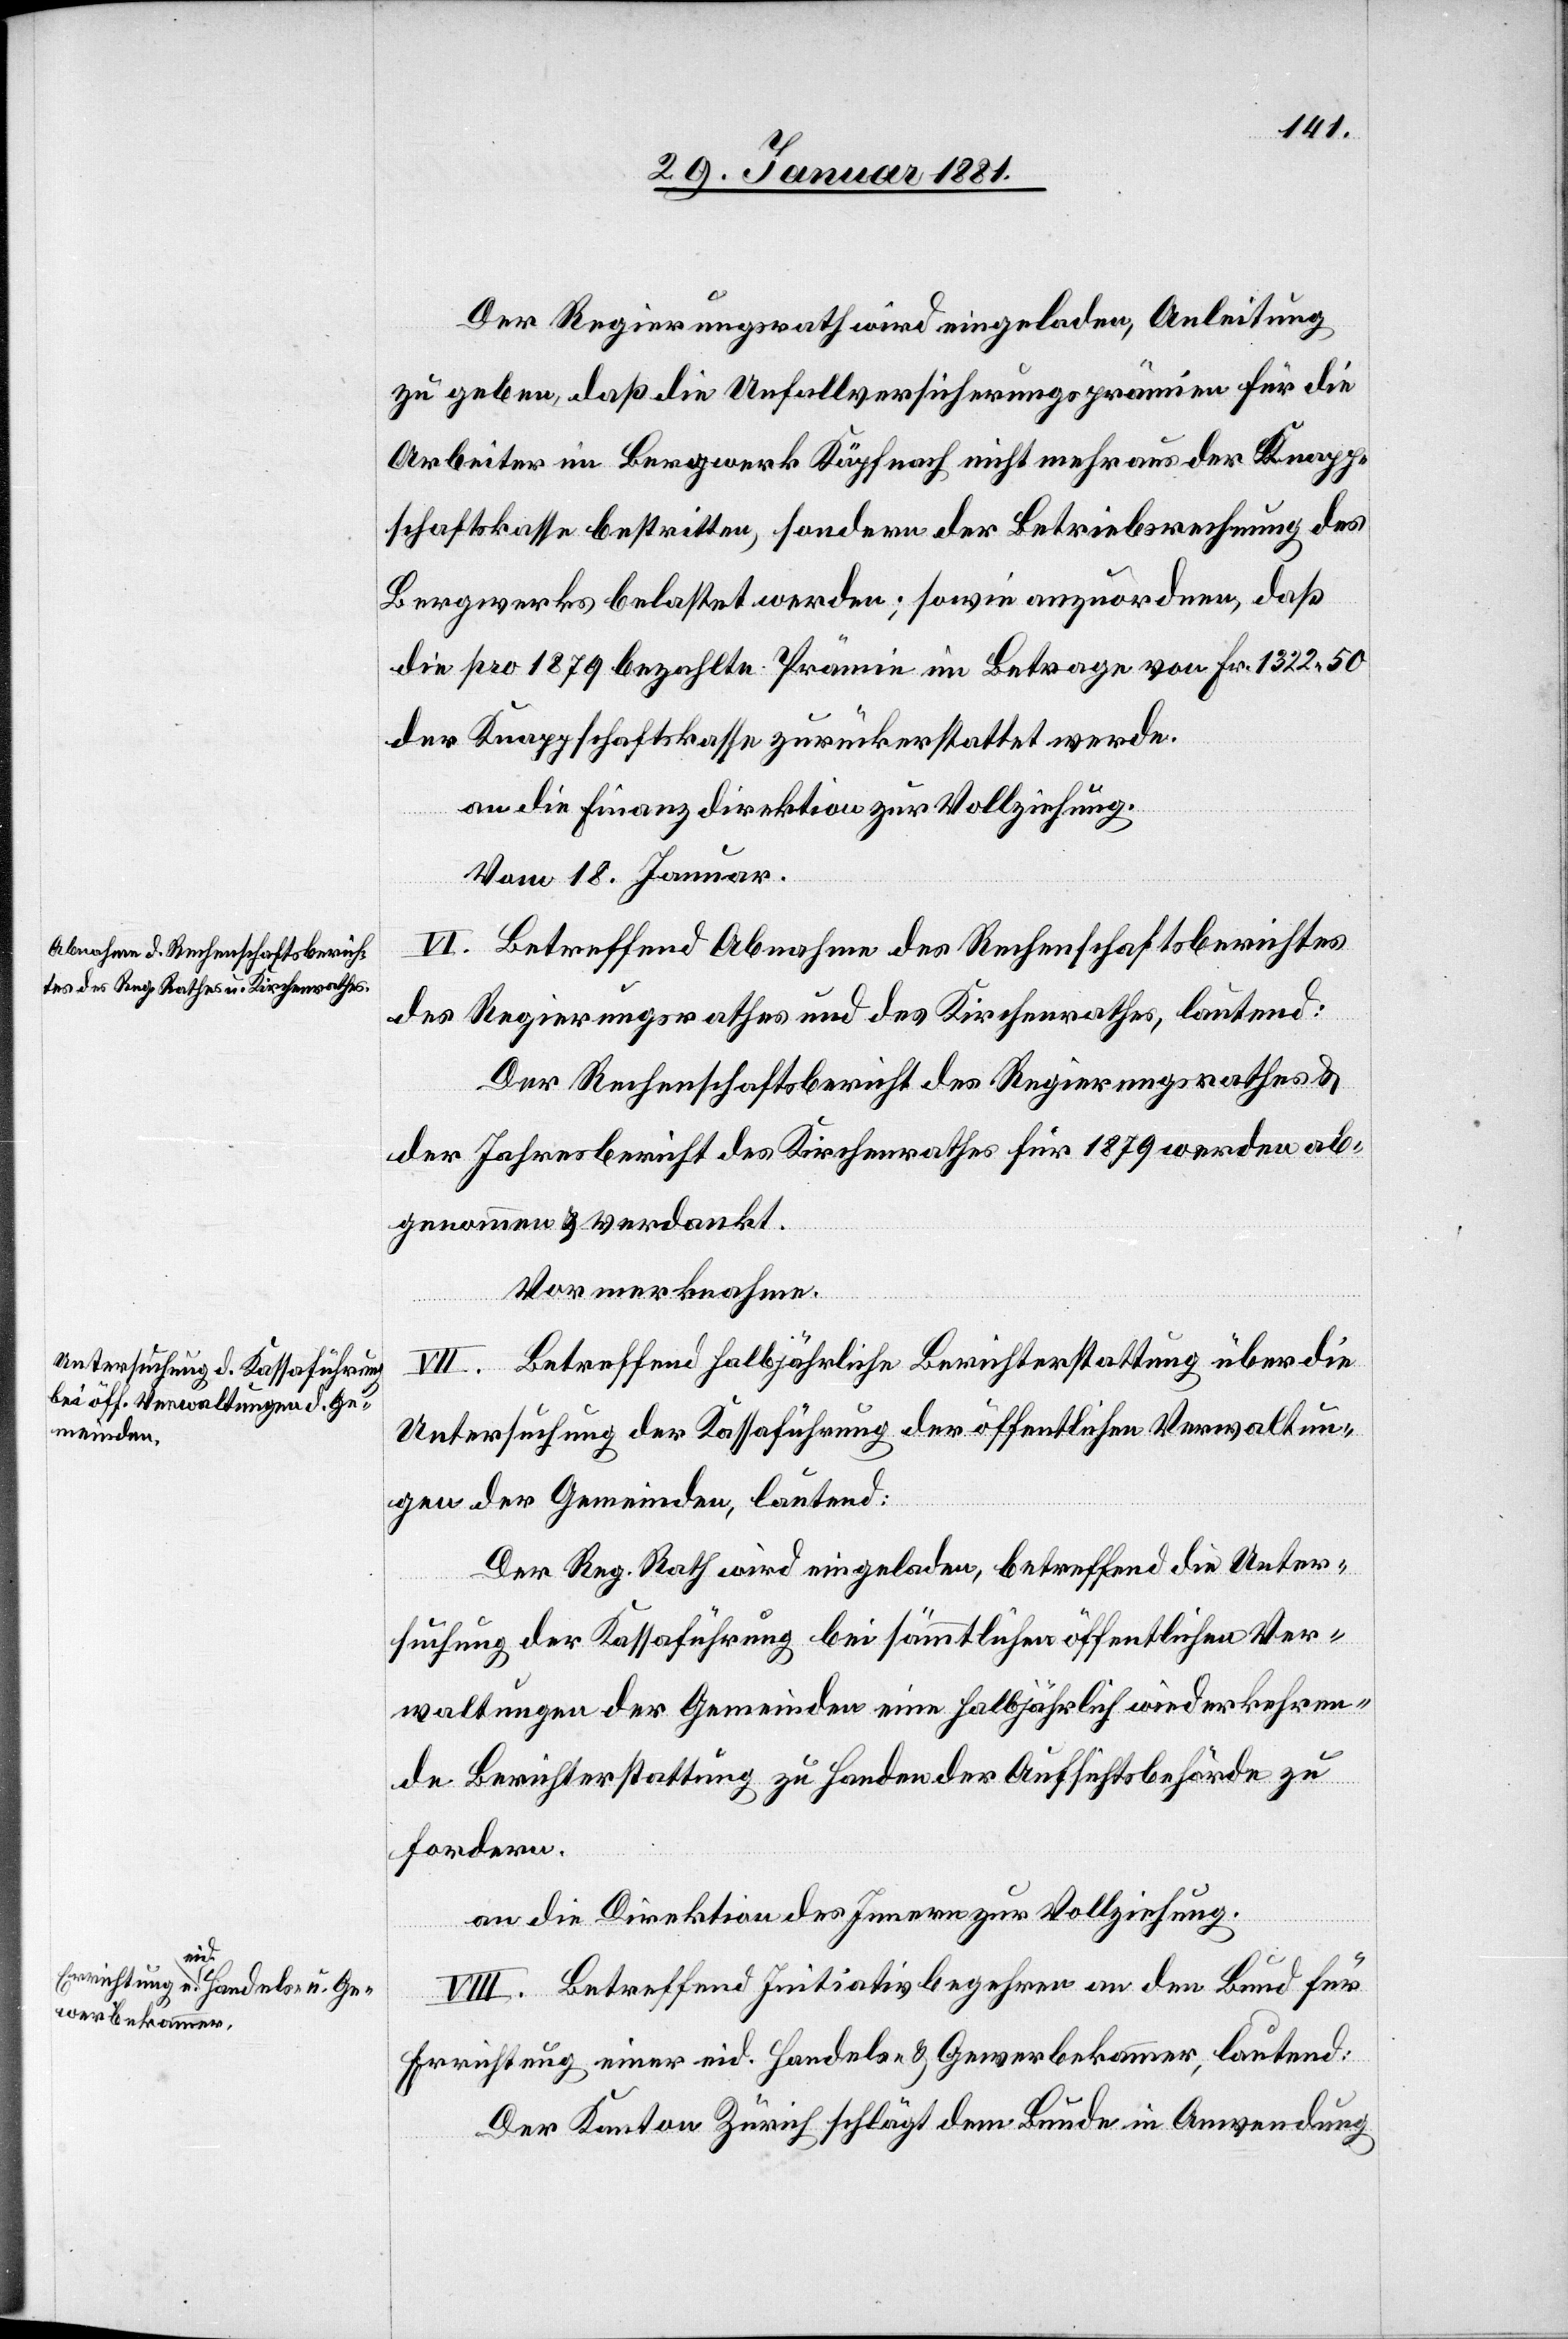
Der Regierungsrath wird eingeladen, Anleitung
zu geben, daß die Unfallversicherungsprämien für die
Arbeiter im Bergwerk Käpfnach nicht mehr aus der Knapp¬
schaftskasse bestritten, sondern der Betriebsrechnung des
Bergwerks belastet werden; sowie anzuordnen, daß
die pro 1879 bezahlte Prämie im Betrage von Fr. 1322 50
der Knappschaftskasse zurückerstattet werde.
an die Finanzdirektion zur Vollziehung.
[Vom 18. Januar.]
VI. Betretend Abnahme des Rechenschaftsberichtes
des Regierungsrathes und des Kirchenrathes, lautend:
Der Rechenschaftsbericht des Regierungsrathes &
der Jahresbericht des Kirchenrathes für 1879 werden ab¬
genommen & verdankt.
Vormerknahme.
VII. Betreffend halbjährliche Berichterstattung über die
Untersuchung der Kassaführung der öffentlichen Verwaltun¬
gen der Gemeinden, lautend:
Der Reg. Rath wird eingeladen, betreffend die Unter¬
suchung der Kassaführung bei sämmtlichen öffentlichen Ver¬
waltungen der Gemeinden eine halbjährlich wiederkehren¬
de Berichterstattung zu Handen der Aufsichtsbehörde zu
fordern.
an die Direktion des Innern zur Vollziehung.
VIII. Betreffend Initiativbegehren an den Bunde für
Errichtung einer eid. Handels- & Gewerbekammer, lautend:
Der Kanton Zürich schlägt dem Bunde in Anwendung